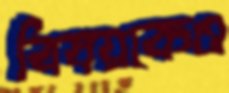
বিষয়কেও